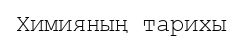
Химияның тарихы